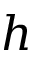
\boldsymbol { h }